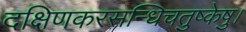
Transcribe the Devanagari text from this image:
दक्षिणकरसन्धिचतुष्केषु।